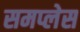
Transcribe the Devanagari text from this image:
समप्लेस